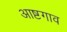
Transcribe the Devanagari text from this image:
आष्टगाव